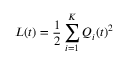
L ( t ) = { \frac { 1 } { 2 } } \sum _ { i = 1 } ^ { K } Q _ { i } ( t ) ^ { 2 }